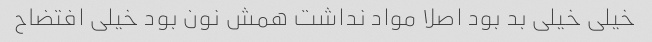
خیلی خیلی بد بود اصلا مواد نداشت همش نون بود خیلی افتضاح